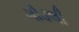
ગોડલી